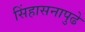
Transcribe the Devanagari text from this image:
सिंहासनापुढे